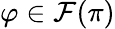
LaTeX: \varphi\in{\mathcal{F}}(\pi)